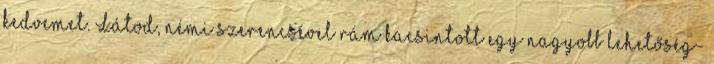
kedvemet. Látod, némi szerencsével rám kacsintott egy nagyobb lehetőség-